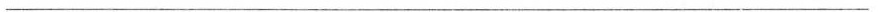
___